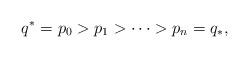
LaTeX: \begin{align*} q^* =p_0> p_1 > \cdots > p_n = q_*, \end{align*}